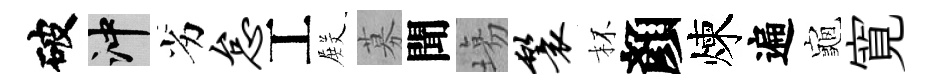
破冲劣怠工𭮺募聞塲鬟杯顏煉遍龜寛